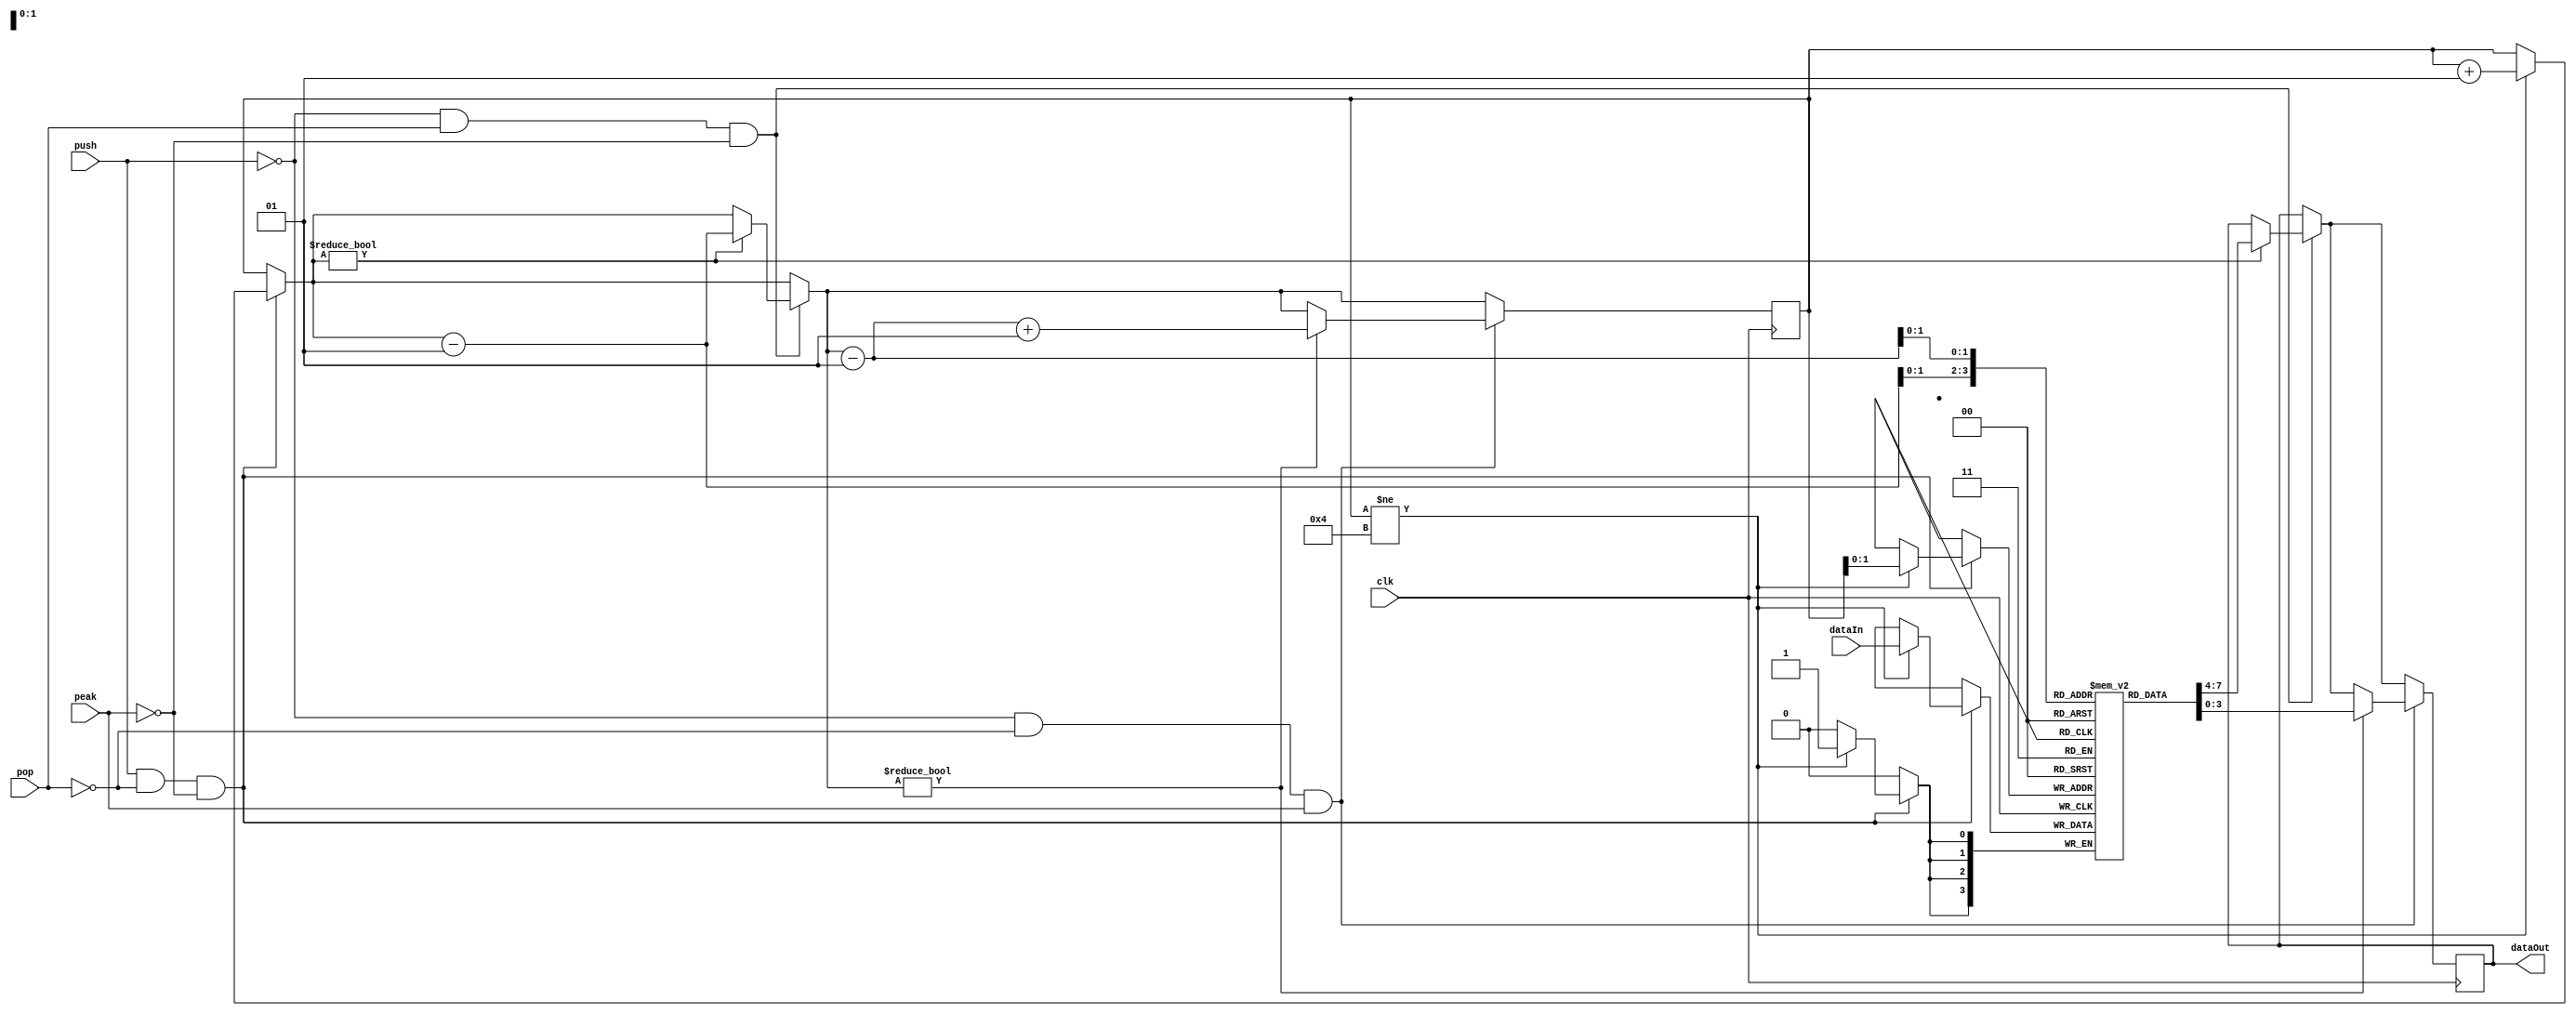
module STACK_structure #(
	parameter data_width = 4, 
	parameter STACK_depth = 4
	) 
	(
	input clk,
	input push,
	input pop,
	input peak,
	input [data_width-1:0] dataIn,
	output reg[data_width-1:0] dataOut
	);

	integer current_location = 0;
	
	reg [data_width-1:0] STACK_struct[0:STACK_depth-1];
	
	always @(posedge clk)
	begin
		if(push == 1 && pop == 0 && peak == 0) 
		begin
			if(current_location != STACK_depth)
			begin
				STACK_struct[current_location] <= dataIn; 
				current_location = current_location + 1;
			end
		end
		if(push == 0 && pop == 1 && peak == 0)
		begin
			if(current_location != 0)
			begin
				current_location = current_location - 1;
				dataOut <= STACK_struct[current_location];
			end
		end
		if(push == 0 && pop == 0 && peak == 1)
		begin
			if(current_location != 0)
			begin
				current_location = current_location - 1;
				dataOut <= STACK_struct[current_location];
				current_location = current_location + 1;
			end
		end
	end
	
endmodule